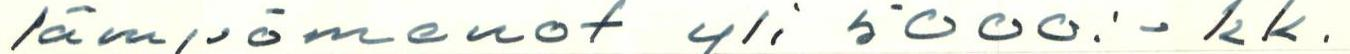
lämpömenot yli 5000:- kk.